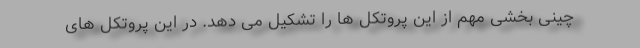
چینی بخشی مهم از این پروتکل ها را تشکیل می دهد. در این پروتکل های